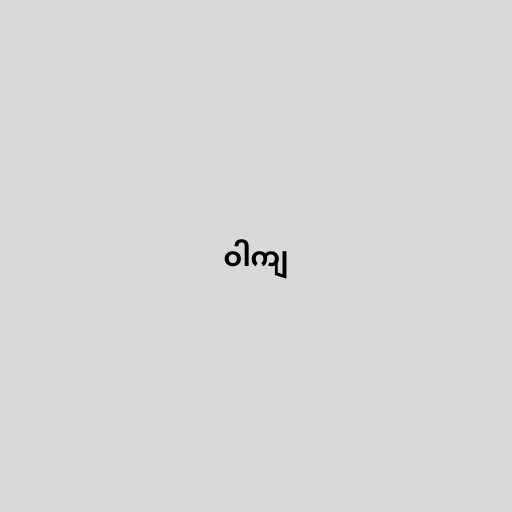
ဝါကျ